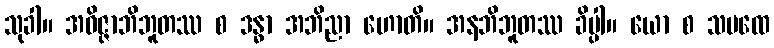
သုခါ။ အဝိဇ္ဇာဘိဘူတဿ စ ဒန္ဓာ အဘိညာ ဟောတိ။ အနဘိဘူတဿ ခိပ္ပါ။ ယော စ သမထေ